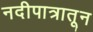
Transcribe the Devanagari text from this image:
नदीपात्रातून